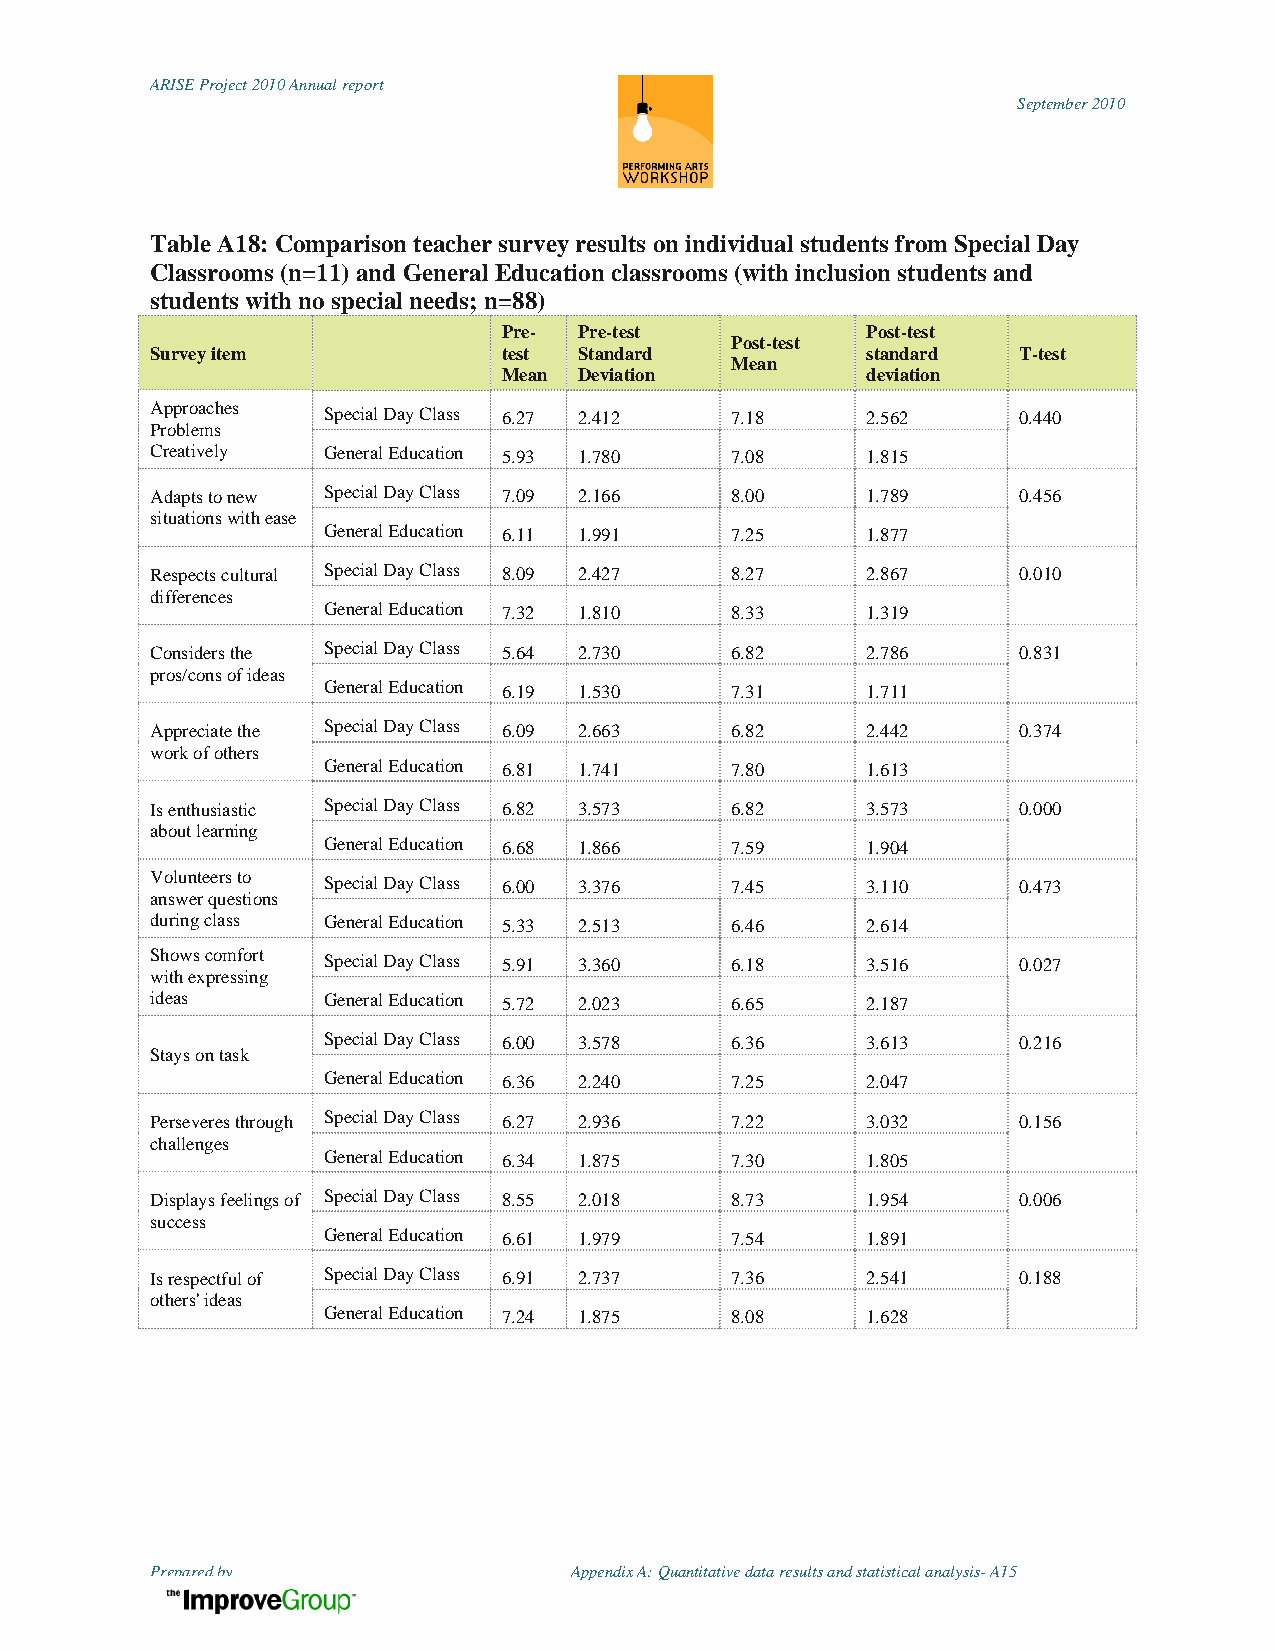
ARISE Project 2010 Annual report
 September 2010
 Table A18: Comparison teacher survey results on individual students from Special Day
 Classrooms (n=11) and General Education classrooms (with inclusion students and
 students with no special needs; n=88)
 Pre- Pre-test           Post-test
 Post-test
 Survey item            test Standard           standard  T-test
 Mean
 Mean Deviation          deviation
 Approaches Special Day Class 6.27 2.412 7.18   2.562     0.440
 Problems
 Creatively General Education 5.93 1.780 7.08   1.815
 Adapts to new Special Day Class 7.09 2.166 8.00 1.789    0.456
 situations with ease
 General Education 6.11 1.991 7.25   1.877
 Respects cultural Special Day Class 8.09 2.427 8.27 2.867 0.010
 differences
 General Education 7.32 1.810 8.33   1.319
 Considers the Special Day Class 5.64 2.730 6.82 2.786    0.831
 pros/cons of ideas
 General Education 6.19 1.530 7.31   1.711
 Appreciate the Special Day Class 6.09 2.663 6.82 2.442   0.374
 work of others
 General Education 6.81 1.741 7.80   1.613
 Is enthusiastic Special Day Class 6.82 3.573 6.82 3.573  0.000
 about learning
 General Education 6.68 1.866 7.59   1.904
 Volunteers to Special Day Class 6.00 3.376 7.45 3.110    0.473
 answer questions
 during class General Education 5.33 2.513 6.46 2.614
 Shows comfort Special Day Class 5.91 3.360 6.18 3.516    0.027
 with expressing
 ideas      General Education 5.72 2.023 6.65   2.187
 Special Day Class 6.00 3.578 6.36   3.613     0.216
 Stays on task
 General Education 6.36 2.240 7.25   2.047
 Perseveres through Special Day Class 6.27 2.936 7.22 3.032 0.156
 challenges
 General Education 6.34 1.875 7.30   1.805
 Displays feelings of Special Day Class 8.55 2.018 8.73 1.954 0.006
 success
 General Education 6.61 1.979 7.54   1.891
 Is respectful of Special Day Class 6.91 2.737 7.36 2.541 0.188
 others' ideas
 General Education 7.24 1.875 8.08   1.628
 Prepared by                 Appendix A: Quantitative data results and statistical analysis- A15